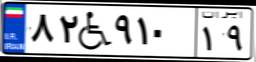
۵۸W۶۳۵۲۵